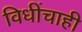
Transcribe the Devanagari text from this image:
विधींचाही